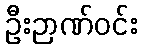
ဦးဉာဏ်ဝင်း